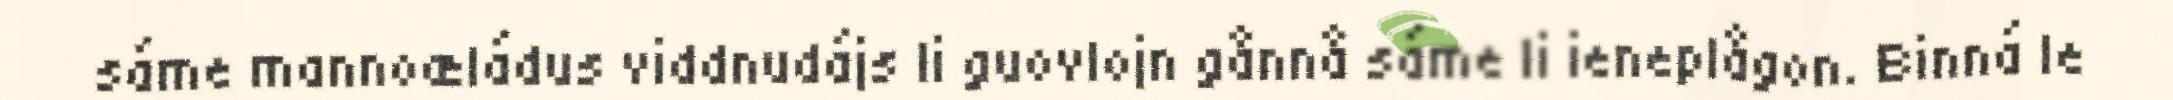
sáme mannoæládus viddnudájs li guovlojn gånnå sáme li ieneplågon. Binná le